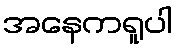
အနေကရူပါ